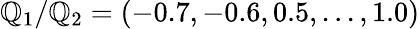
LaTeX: \mathbb{Q}_{1}/\mathbb{Q}_{2}=(-0.7,-0.6,0.5,...,1.0)